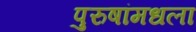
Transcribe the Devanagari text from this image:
पुरुषांमधला